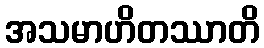
အသမာဟိတဿာတိ